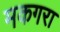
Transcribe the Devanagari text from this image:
मकगरा